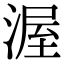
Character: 渥